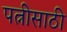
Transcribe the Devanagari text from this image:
पत्नीसाठी